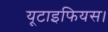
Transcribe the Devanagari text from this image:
यूटाइफियस।